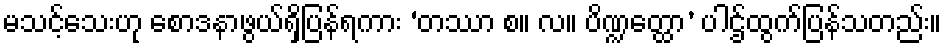
မသင့်သေးဟု စောဒနာဖွယ်ရှိပြန်ရကား ‘တဿာ စ။ လ။ ပိဏ္ဍတ္ထော’ ပါဌ်ထွက်ပြန်သတည်း။